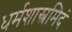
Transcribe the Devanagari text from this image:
धर्मशास्त्रमिदं